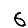
Digit: 6